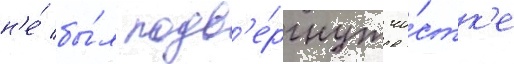
н'е́ бы́л подв'е́ргнут чи́стк'е